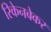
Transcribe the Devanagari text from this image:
रिकेनबेकर